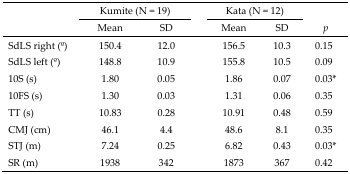
| <ROWSPAN=2>  | <COLSPAN=2> Kumite (N = 19) | <COLSPAN=2> Kata (N = 12) | <ROWSPAN=2> p |
 | Mean | SD | Mean | SD |
 | --- | --- | --- | --- | --- | --- |
 | SdLS right (o) | 150.4 | 12.0 | 156.5 | 10.3 | 0.15 |
 | SdLS left (o) | 148.8 | 10.9 | 155.8 | 10.5 | 0.09 |
 | 10S (s) | 1.80 | 0.05 | 1.86 | 0.07 | 0.03* |
 | 10FS (s) | 1.30 | 0.03 | 1.31 | 0.06 | 0.35 |
 | TT (s) | 10.83 | 0.28 | 10.91 | 0.48 | 0.59 |
 | CMJ (cm) | 46.1 | 4.4 | 48.6 | 8.1 | 0.35 |
 | STJ (m) | 7.24 | 0.25 | 6.82 | 0.43 | 0.03* |
 | SR (m) | 1938 | 342 | 1873 | 367 | 0.42 |